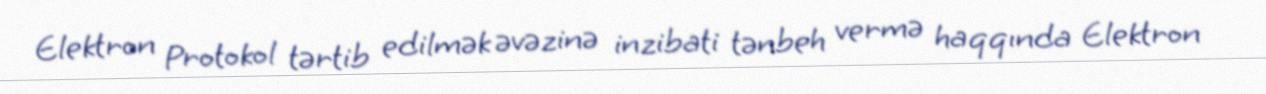
Elektron Protokol tərtib edilmək əvəzinə inzibati tənbeh vermə haqqında Elektron